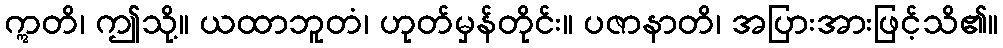
ဣတိ၊ ဤသို့။ ယထာဘူတံ၊ ဟုတ်မှန်တိုင်း။ ပဇာနာတိ၊ အပြားအားဖြင့်သိ၏။